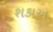
શકાઅ